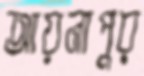
আয়নাপুর